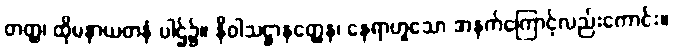
တတ္ထ၊ ထိုမနာယတနံ ပါဌ်၌။ နိဝါသဋ္ဌာနတ္ထေန၊ နေရာဟူသော အနက်ကြောင့်လည်းကောင်း။